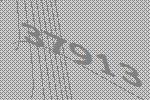
37913